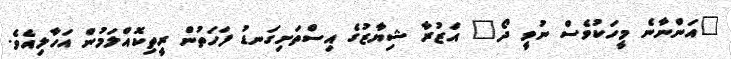
"އަންނާނެ މީހަކުވެސް ނުވީ ދޯ" އަޒުރާ ޝިޔާޒުގެ އިސްތަށިގަނޑު ފަހަތުން ރީތިކޮއްލަމުން އަހާލިއެވެ.